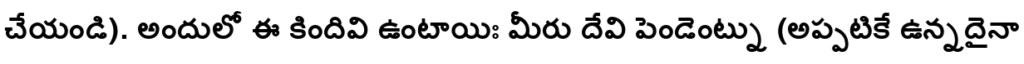
చేయండి). అందులో ఈ కిందివి ఉంటాయిః మీరు దేవి పెండెంట్ను (అప్పటికే ఉన్నదైనా